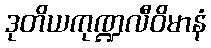
ဒုတိယကုဏ္ဍလီဝိမာနံ